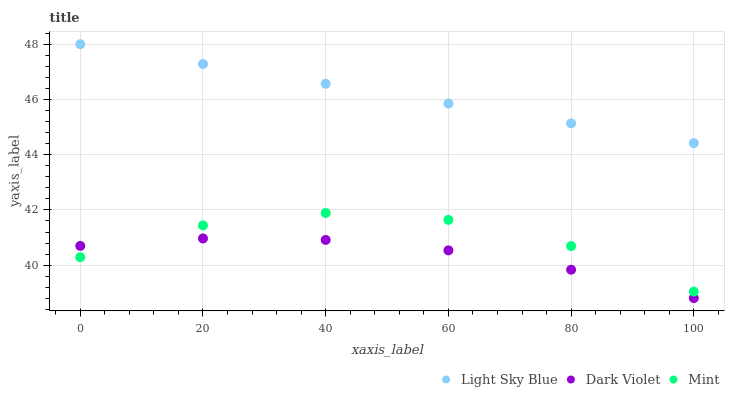
| xaxis_label | Light Sky Blue | Dark Violet | Mint |
 | --- | --- | --- | --- |
 | 0 | 48 | 40.7 | 40.3 |
 | 20 | 47.3 | 41 | 41.4 |
 | 40 | 46.6 | 40.9 | 41.9 |
 | 60 | 45.9 | 40.5 | 41.6 |
 | 80 | 45.1 | 39.8 | 40.7 |
 | 100 | 44.4 | 38.8 | 39 |